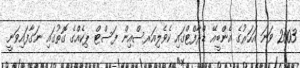
2003 ވަނަ އަހަރުގެ އެންބީއޭ ޑްރާފްޓްގައި ކެވެލިއަރސްއިން ފަސްޓް ޕިކެއްގެ ގޮތުގައި ނަގާފައިވަނީ